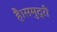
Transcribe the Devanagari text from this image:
है।समुद्री